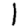
Digit: 1